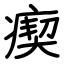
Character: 瘈